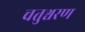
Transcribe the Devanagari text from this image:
चतुश्चरण